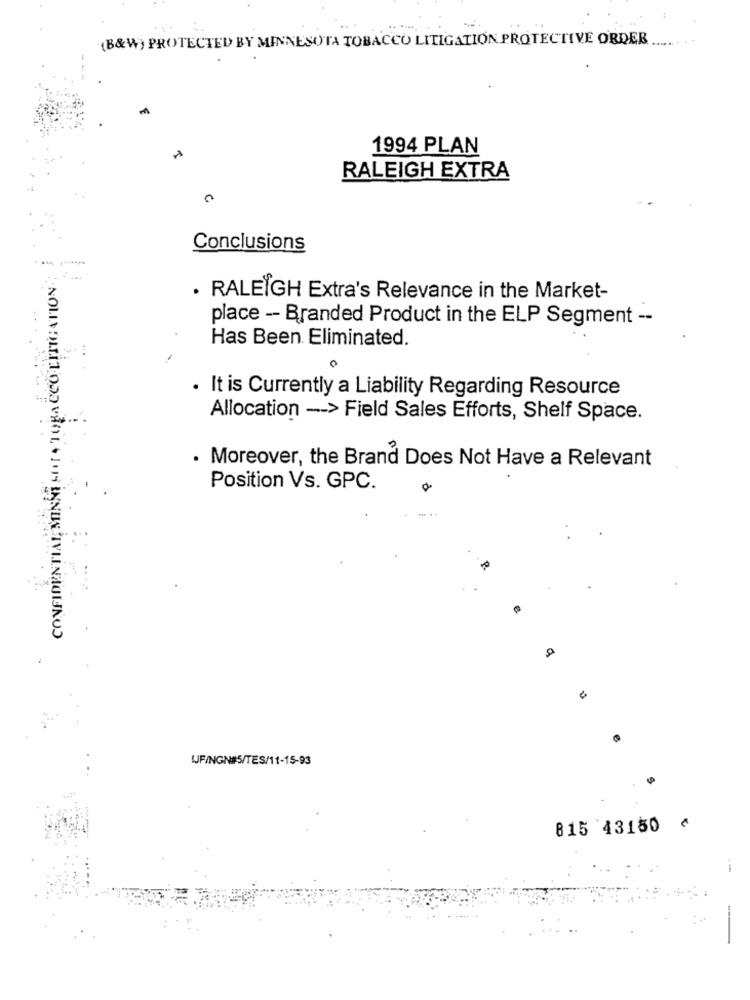
(B&W) PROTECTED BY MINNESOTA TOBACCO LITIGATION PROTECTIVE ORDER.
1994 PLAN
RALEIGH EXTRA
Conclusions
------
. RALEIGH Extra's Relevance in the Market-
place - Branded Product in the ELP Segment --
Has Been Eliminated.
. It is Currently a Liability Regarding Resource
.F
Allocation -- > Field Sales Efforts, Shelf Space.
. Moreover, the Brand Does Not Have a Relevant
Position Vs. GPC.
UF/NGN#S/TES/11-15-93
815 43150 ¢
-